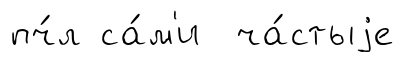
пч́л са́м'и ча́стыjе